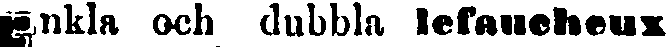
Enkla och dubbla lefaueheux